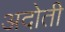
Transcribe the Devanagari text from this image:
अदोती